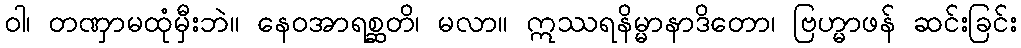
ဝါ၊ တဏှာမထုံမှီးဘဲ။ နေဝအာရစ္ဆတိ၊ မလာ။ ဣဿရနိမ္မာနာဒိတော၊ ဗြဟ္မာဖန် ဆင်းခြင်း